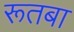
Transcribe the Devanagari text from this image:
रूतबा